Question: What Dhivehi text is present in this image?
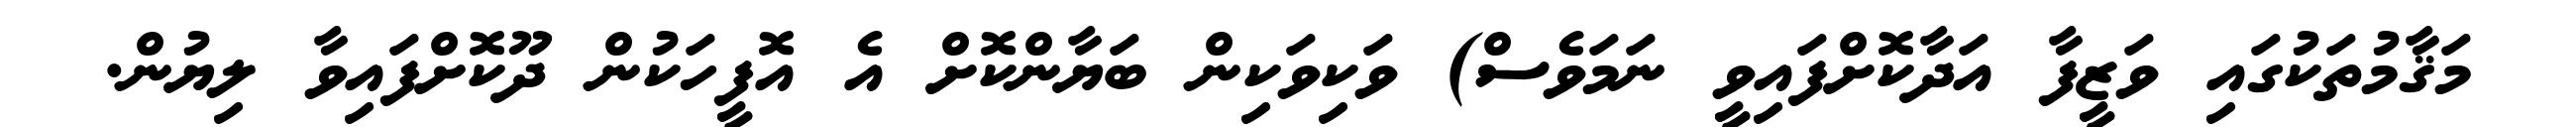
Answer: މަޤާމުތަކުގައި ވަޒީފާ އަދާކޮށްފައިވީ ނަމަވެސް) ވަކިވަކިން ބަޔާންކޮށް އެ އޮފީހަކުން ދޫކޮށްފައިވާ ލިޔުން.